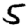
Digit: 5